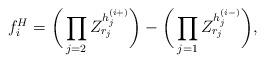
LaTeX: \begin{align*}f^H_i =\bigg(\prod_{j=2} Z_{r_j}^{h_j^{(i+)}}\bigg)-\bigg(\prod_{j=1} Z_{r_j}^{h_j^{(i-)}}\bigg),\end{align*}